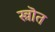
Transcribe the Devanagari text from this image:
स्त्रॊत